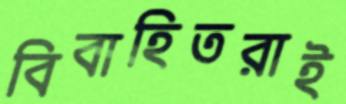
বিবাহিতরাই